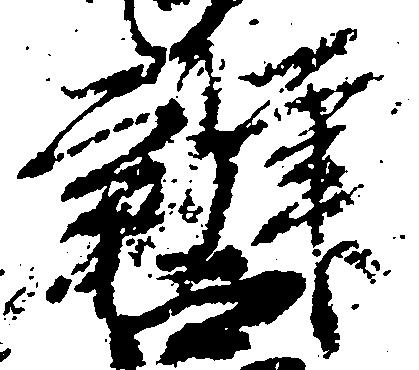
弁